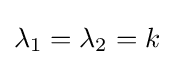
\lambda _{1}=\lambda _{2}=k